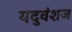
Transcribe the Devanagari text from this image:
यदुवंशज